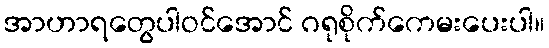
အာဟာရတွေပါဝင်အောင် ဂရုစိုက်ကေမးပေးပါ။